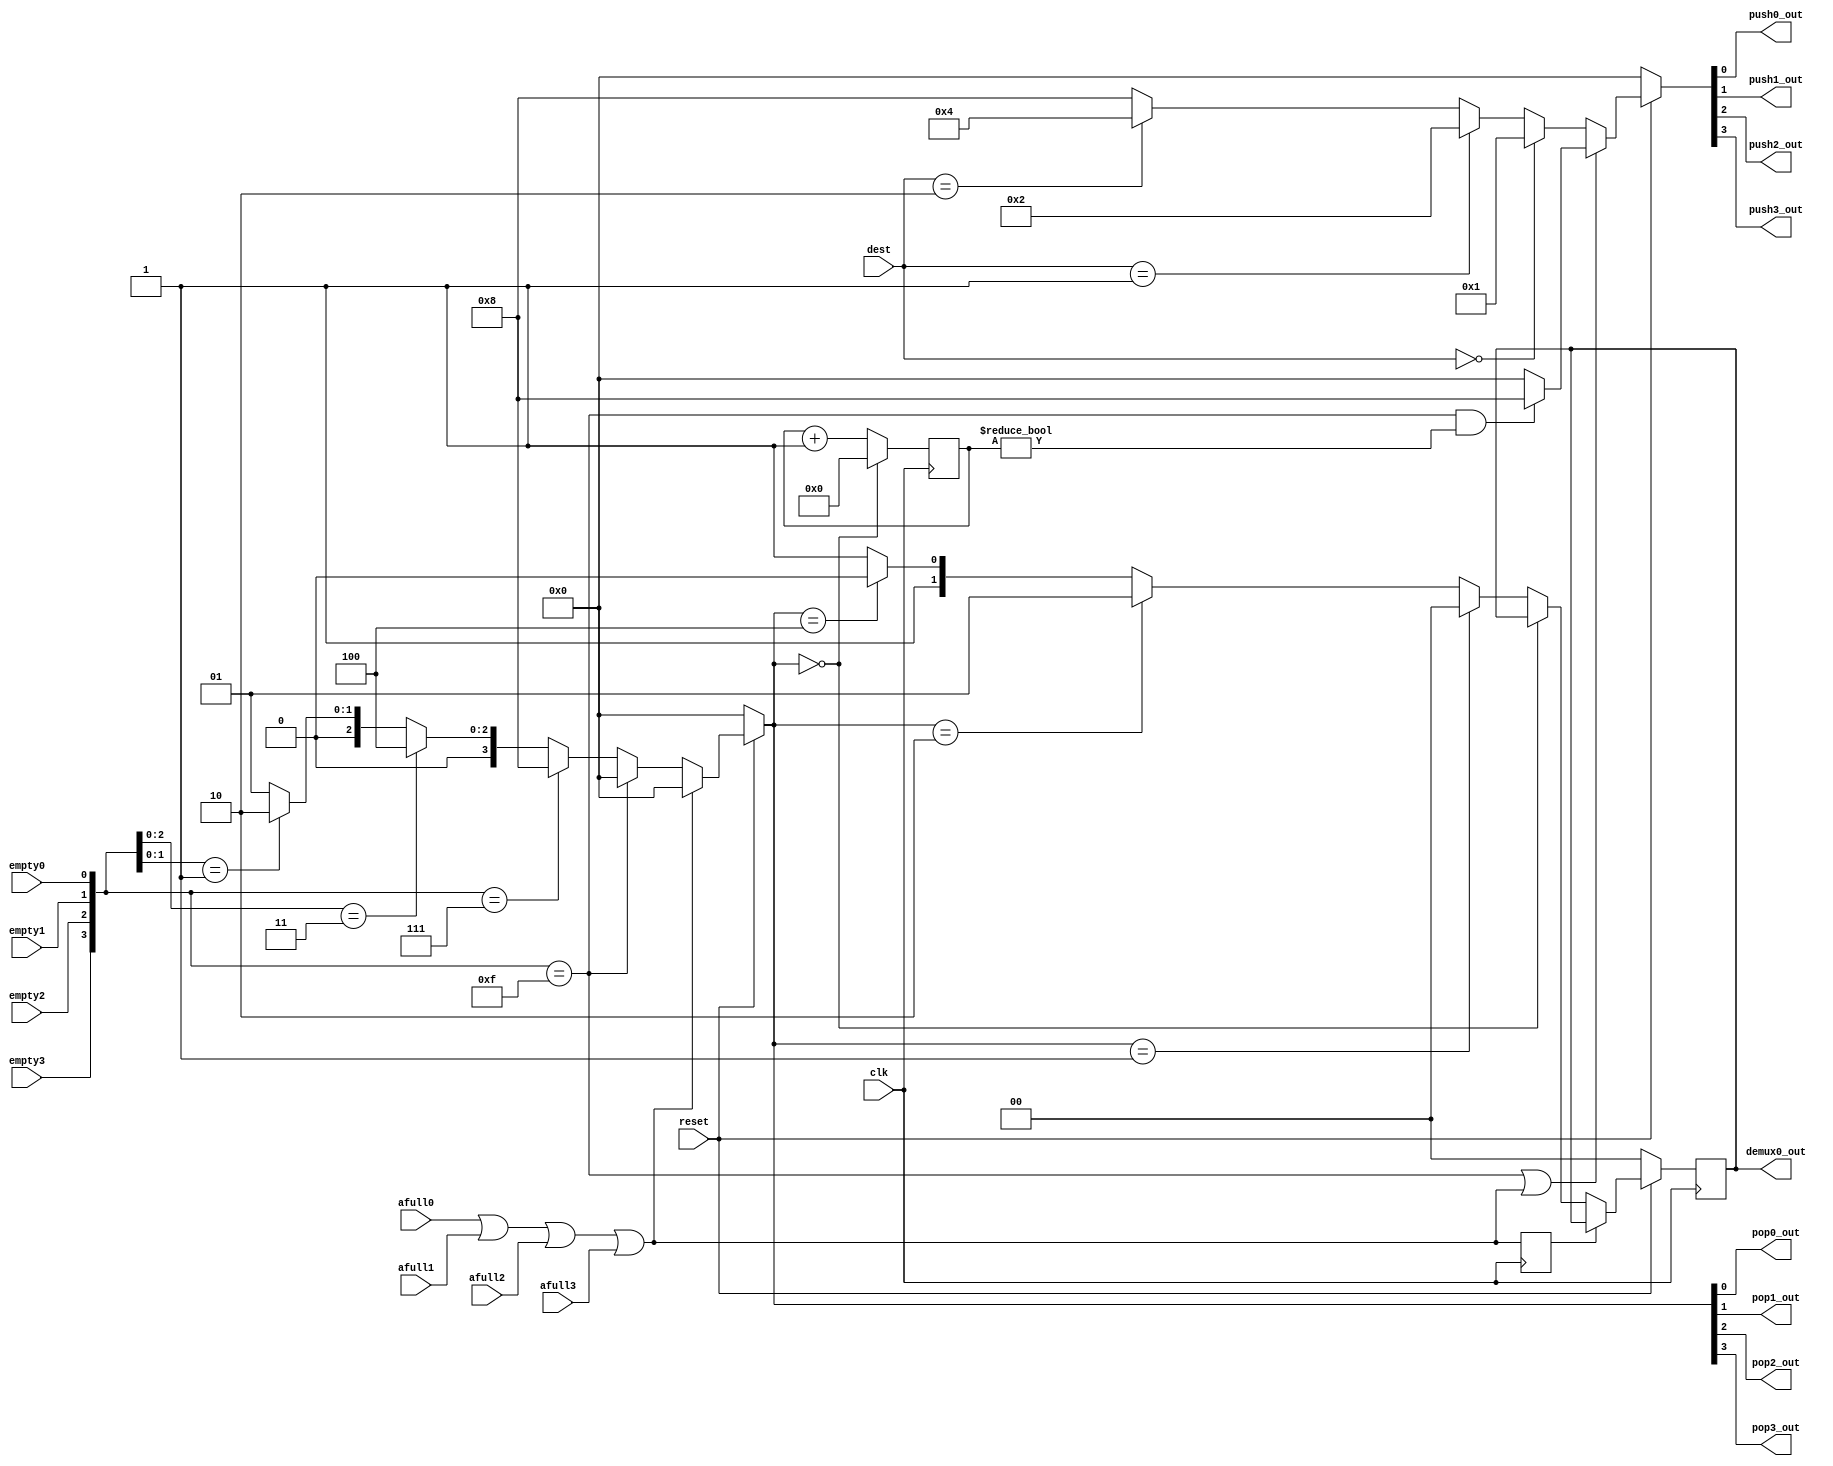
module arbitro( output reg       pop0_out, pop1_out, pop2_out, pop3_out,
		output reg 	 push0_out, push1_out, push2_out, push3_out,
		output reg [1:0] demux0_out,
		input wire [1:0] dest,
		input wire 	 empty0, empty1, empty2, empty3,
		input wire 	 afull0, afull1, afull2, afull3,
		input wire 	 reset, clk );

   reg [3:0] 		 pops;
   reg [3:0] 		 pushs;
   
   wire [3:0] 		 emptys;
   wire 		 any_almot_full;
   
	    
   //// AGREGADO
   reg [4:0] 			 contador_markas;
   reg 				 any;
   reg [3:0] 			 emptys_s;
   always @( posedge clk ) begin
      emptys_s <= emptys;
   end
   
   

   always @( posedge clk ) begin
      any <= any_almost_full;
   end
   
   always @( posedge clk ) begin
      if( pops == 4'b0000 ) begin
	 contador_markas <= 0;
      end
      else begin
	 contador_markas <= contador_markas + 1'b1;
      end
   end
   //////
   
   //// any_almost_full SE REFIERE A LOS FIFOS DE SALIDA CLARAMENTE
   assign any_almost_full = afull0 | afull1 | afull2 | afull3;  
   assign emptys[3] = empty3;
   assign emptys[2] = empty2;
   assign emptys[1] = empty1;
   assign emptys[0] = empty0;
   

   always @( * ) begin
      {pop3_out, pop2_out, pop1_out, pop0_out} = pops;
      {push3_out, push2_out, push1_out, push0_out} = pushs;
   end
   
   /// LOGICA DE POP FIFOS DE ENTRADA
   always @( * ) begin: POP_LOGIC
      if( !reset ) begin: RESET_THEN_NOT_POPS
	 pops = 4'b0000;
      end
      else begin
	 if( any_almost_full /*|| contador_markas == 5'd25*/) begin: ANY_ALMOST_FULL_THEN_NOT_POPS
	    pops = 4'b0000;
	 end
	 /// 
	 else begin
	    if( emptys == 4'b1111 ) begin: ALL_FIFOS_EMPTY
	       pops = 4'b0000;
	    end
	    else if( emptys == 4'b0111 ) begin: F0F1F2_EMPTY_F3_NOT_EMPTY
	       pops = 4'b1000;
	    end
	    else if( emptys[2:0] == 3'b011 ) begin: F0F1_EMPTY_F2_NOT_EMPTY
	       pops = 4'b0100;
	    end
	    else if( emptys[1:0] == 2'b01 ) begin: F0_EMPTY_F1_NOT_EMPTY
	       pops = 4'b0010;
	    end
	    else begin: F0_NOT_EMPTY
	       pops = 4'b0001;
	    end
	 end
      end
   end // block: POP_LOGIC

   // LOGICA DE PUSH FIFOS DE SALIDA
   always @( * ) begin: PUSH_LOGIC
      if( !reset ) begin
	 pushs = 4'b0000;
      end
      else begin
	 if( (emptys == 4'b1111) || any_almost_full ) begin
	    pushs = 4'b0000;	    
	    if( emptys == 4'b1111 && contador_markas != 5'd0) begin
	       pushs = 4'b1000;
	    end
	    else begin
	       pushs = 4'b0000;
	    end
	 end
	 else begin   
	    if( dest == 2'b00 ) begin
	       pushs = 4'b0001;
	    end
	    else if( dest == 2'b01 ) begin
	       pushs = 4'b0010;
	    end
	    else if( dest == 2'b10 ) begin
	       pushs = 4'b0100;
	    end
	    else begin
	       pushs = 4'b1000;
	    end
	 end // else: !if( emptys = 4'b1111 )
      end // else: !if( !reset )
   end // block: PUSH_LOGIC

   // CONTROLA LA LOGICA DEL DEMUX0
   // FUE NECESARIO USAR POSEDGE CLK PARA QUE
   // EN LA INTEGRACION NO HICIERA PROBLEMA
   always @( posedge clk ) begin: DEMUX0_LOGIC
      if( !reset ) begin
	 demux0_out <= 2'b00;
      end
      else begin
	 if( any ) begin
	    demux0_out <= demux0_out;
	 end
	 else begin
	    if( pops == 4'b0000 ) begin
	       demux0_out <= demux0_out;
	    end
	    else if( pops == 4'b0001 ) begin
	       demux0_out <= 2'b00;
	    end
	    else if( pops == 4'b0010 ) begin
	       demux0_out <= 2'b01;
	    end 
	    else if( pops == 4'b0100 ) begin
	       demux0_out <= 2'b10;
	    end
	    else begin
	       demux0_out <= 2'b11;
	    end
	 end
      end // else: !if( !reset )
   end // block: DEMUX0_LOGIC
   
	 
endmodule